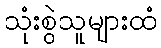
သုံးစွဲသူများထံ